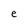
Character: e